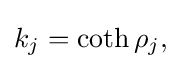
{\textstyle k_{j}=\coth \rho _{j},}